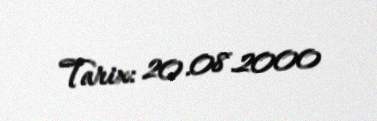
Tarix: 20.08.2000